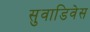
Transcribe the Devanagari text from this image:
सुवाडिवेस